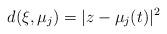
LaTeX: \begin{align*} d(\xi,\mu_j) = |z-\mu_j(t) |^2\end{align*}